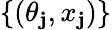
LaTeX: \{ (\theta_{\mathbf{j}},x_{\mathbf{j}})\}